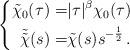
LaTeX: \begin{align*}\left\{ \begin{aligned} \tilde\chi_0(\tau)=&|\tau|^\beta\chi_0(\tau)\\ \tilde{\tilde{\chi}}(s)=&\tilde\chi(s)s^{-\frac12}\,. \end{aligned} \right. \end{align*}